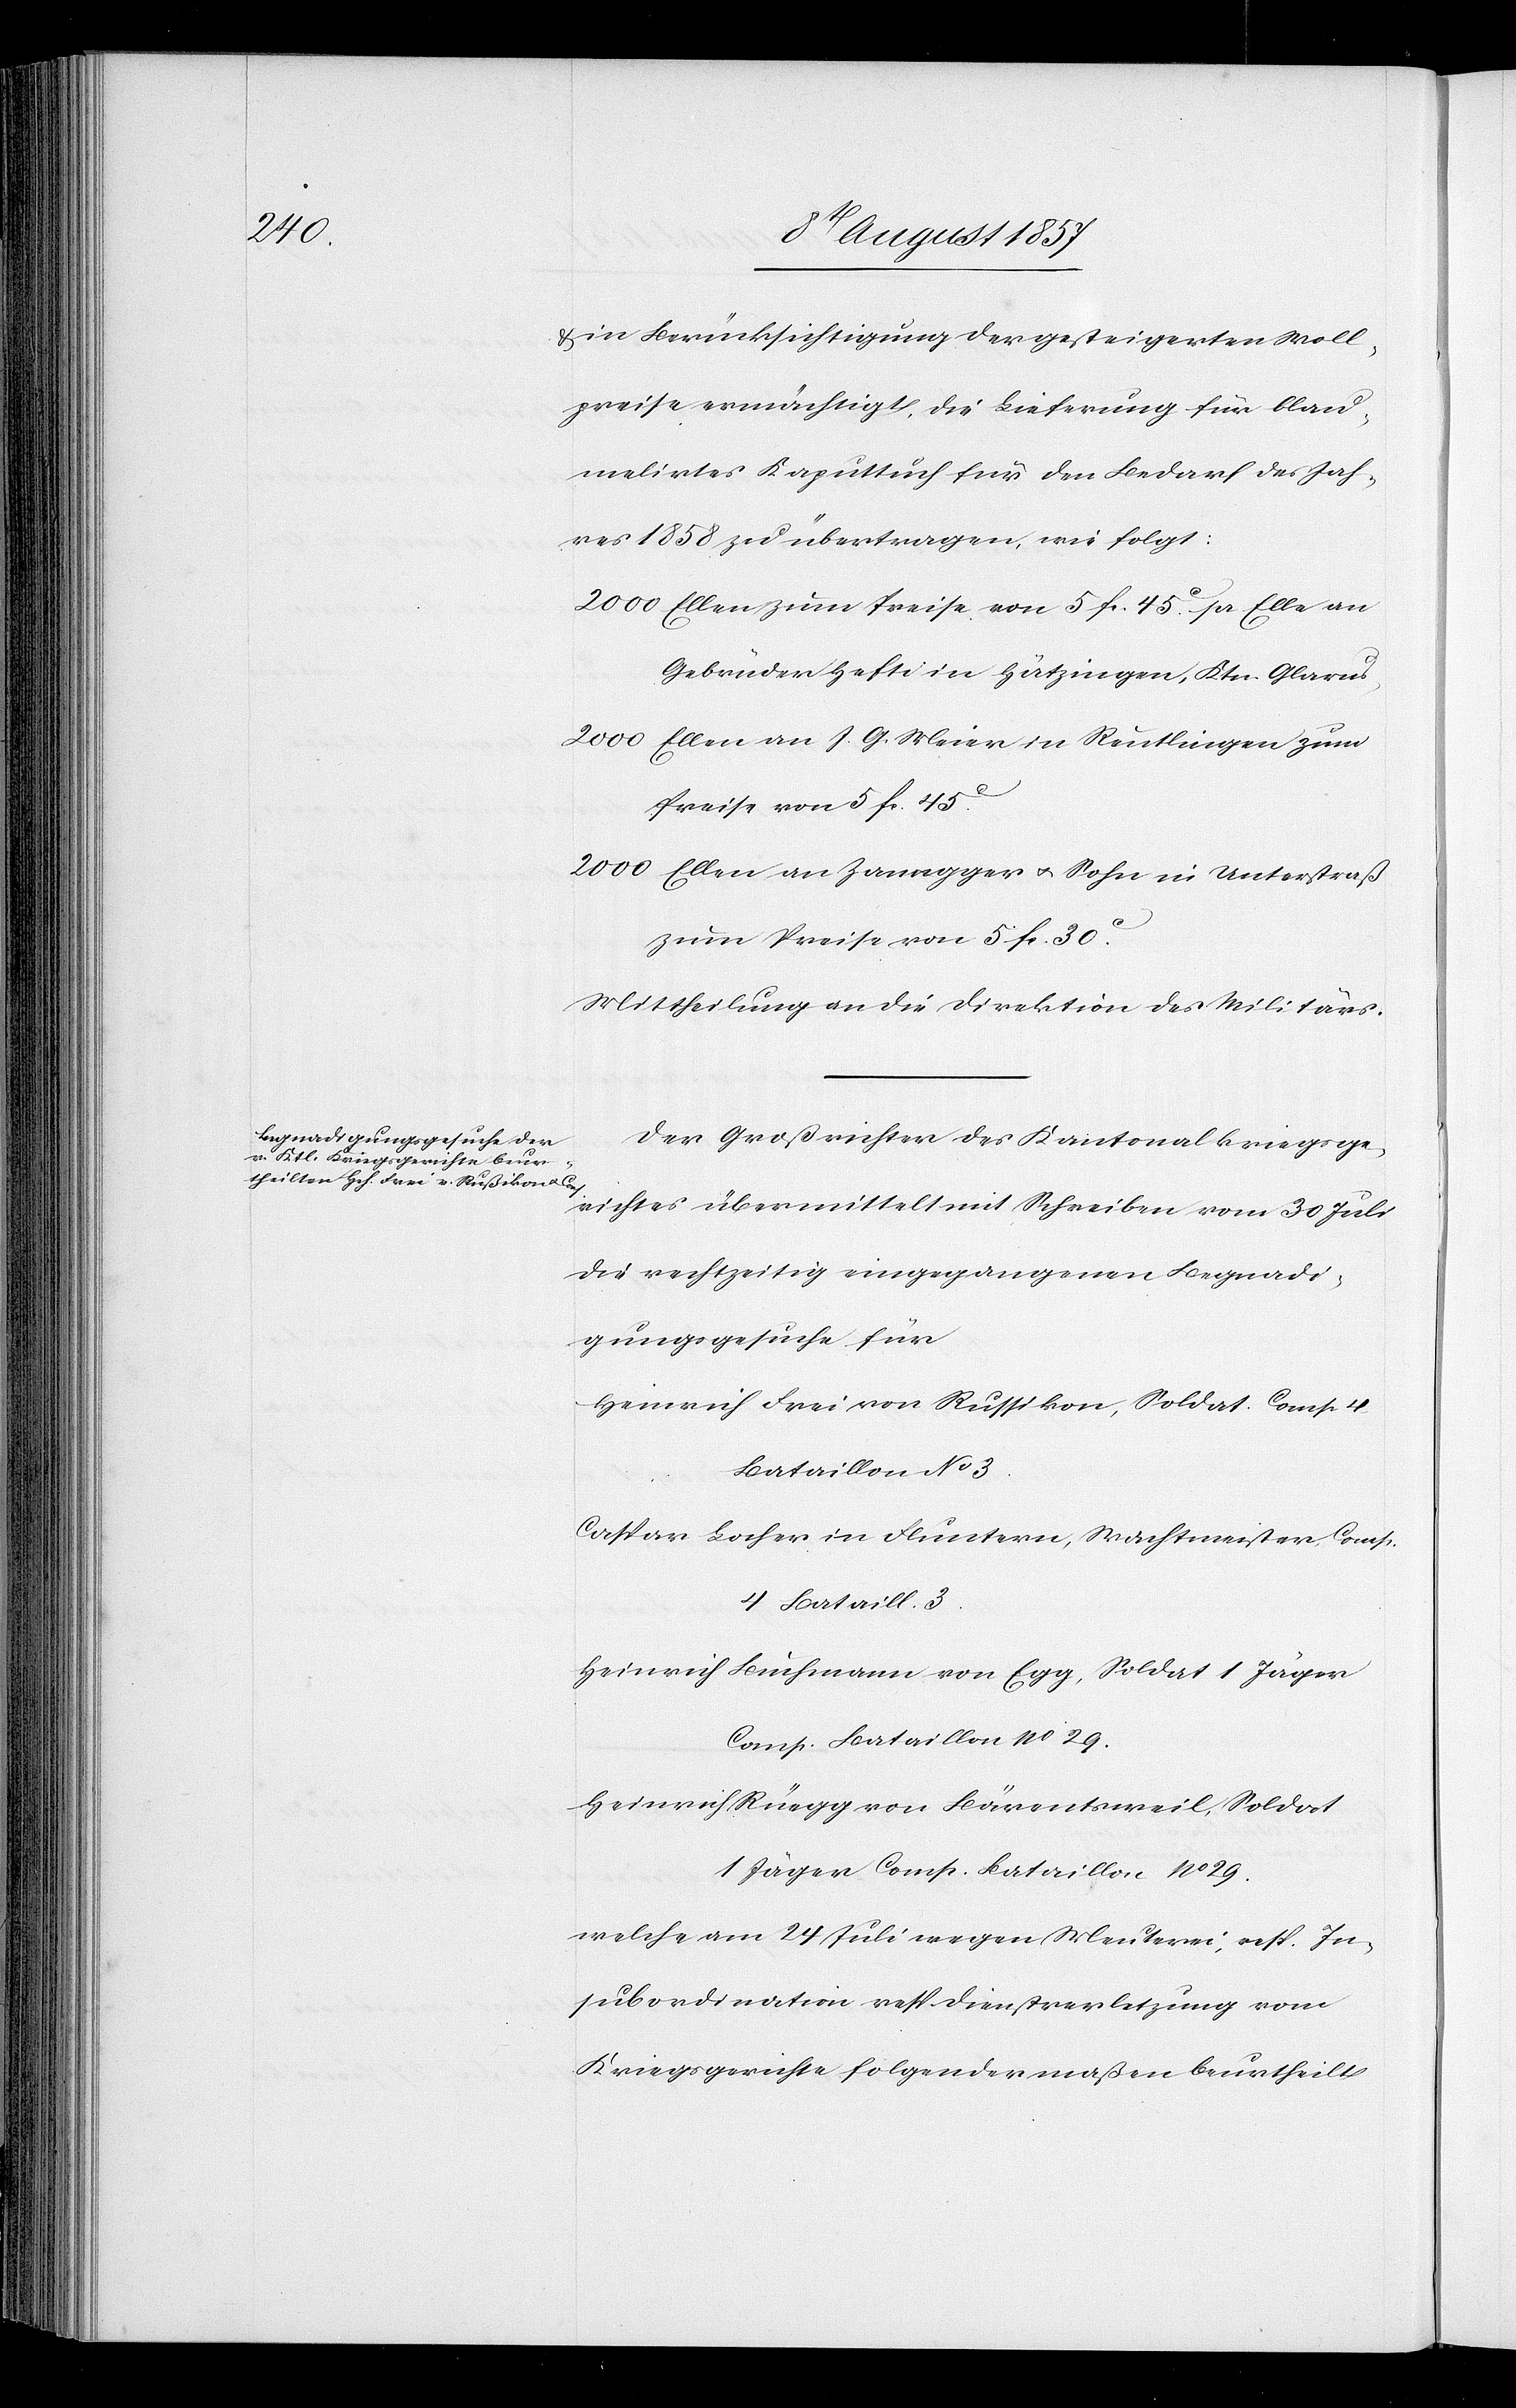
in Berücksichtigung der gesteigerten Woll¬
preise ermächtigt, die Lieferung für blau¬
melirtes Kaputtuch für den Bedarf des Jah¬
res 1858 zu übertragen, wie folgt:
2 000 Ellen zum Preise von 5 fr. 45c pr. Elle an
Gebrüder Hefti in Hätzingen, Ktn. Glarus,
2 000 Ellen an J. G. Meier in Reutlingen zum
Preise von 5 Fr. 45c.
2 000 Ellen an Zannegger & Sohn in Unterstraß
zum Preise von 5 Fr. 30c.
Mittheilung an die Direktion des Militärs.
Der Großrichter des Kantonalkriegsge¬
richtes übermittelt mit Schreiben vom 30 Juli
die rechtzeitig eingegangenen Begnadi¬
gungsgesuche für
Heinrich Frei von Russikon, Soldat. Comp. 4,
Bataillon No 3.
Caspar Locher in Fluntern, Wachtmeister, Comp.
4 Bataill. 3.
Heinrich Buchmann von Egg, Soldat 1 Jäger
Comp. Bataillon No 29.
Heinrich Rüegg von Bärentsweil Soldat
1 Jäger Comp. Bataillon No 29.
Welche am 24 Juli wegen Meuterei, resp. In¬
subordination resp. Dienstverletzung vom
Kriegsgerichte folgendermassen beurtheilt